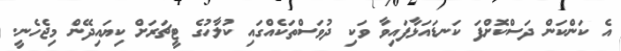
އެ ކަންކަން ދަސްކޮށްފަ ކަނޑައަޅާފައިވާ ވަކި ދުވަސްތަކެއްގައި ކުލާހުގެ ޓީޗަރަށް ކިޔައިދޭން މިޖެހެނީ.